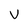
Character: V